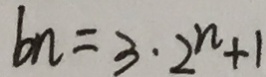
b n = 3 \cdot 2 ^ { n } + 1